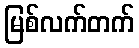
မြစ်လက်တက်